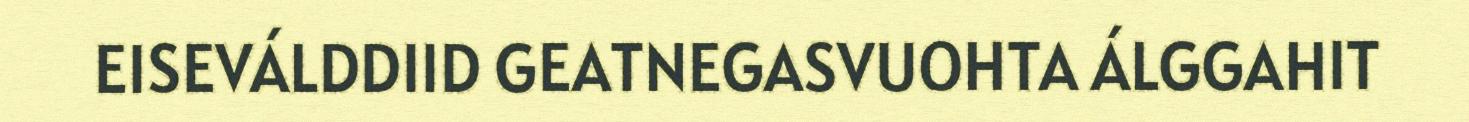
EISEVÁLDDIID GEATNEGASVUOHTA ÁLGGAHIT